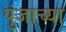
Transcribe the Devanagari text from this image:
पुंजाच्या